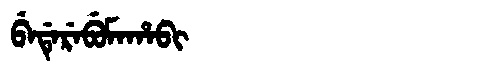
Manchu: ᠪᡝᡩᡝᡵᡝᠪᡠᠮᠠᡥᠠᠪᡳ
Romanization: BEDEREBUMAHABI